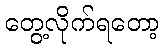
တွေ့လိုက်ရတော့